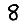
Digit: 8